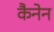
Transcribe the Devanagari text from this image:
कैनेन